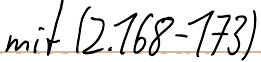
mit (Z.168-173)